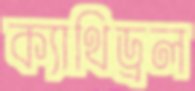
ক্যাথিড্রল